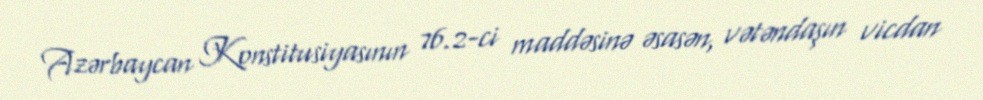
Azərbaycan Konstitusiyasının 76.2-ci maddəsinə əsasən, vətəndaşın vicdan